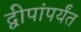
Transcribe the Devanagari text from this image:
द्वीपांपर्यंत